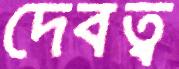
দেবত্ব